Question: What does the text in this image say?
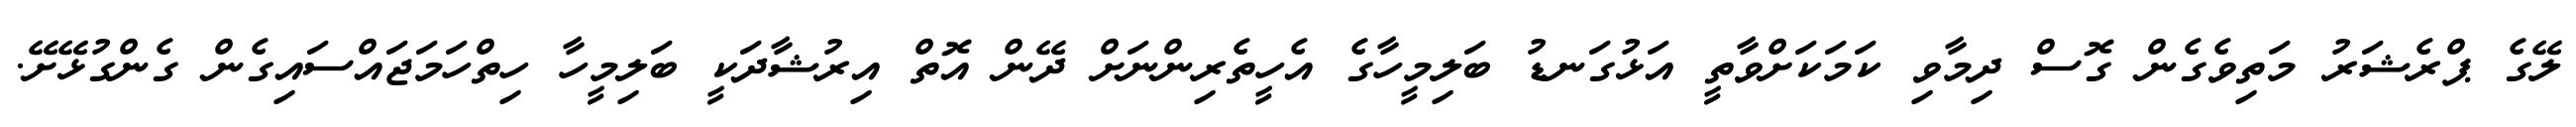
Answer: ލޭގެ ޕްރެޝަރު މަތިވެގެން ގޮސް ދިމާވި ކަމަކަށްވާތީ އަޅުގަނޑު ބަލިމީހާގެ އެހީތެރިންނަށް ދޭން އޮތް އިރުޝާދަކީ ބަލިމީހާ ހިތްހަމަޖައްސައިގެން ގެންގުޅޭށޭ.